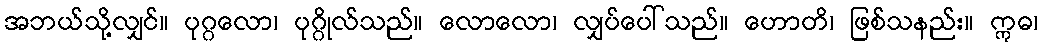
အဘယ်သို့လျှင်။ ပုဂ္ဂလော၊ ပုဂ္ဂိုလ်သည်။ လောလော၊ လျှပ်ပေါ်သည်။ ဟောတိ၊ ဖြစ်သနည်း။ ဣဓ၊